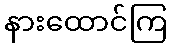
နားထောင်ကြ